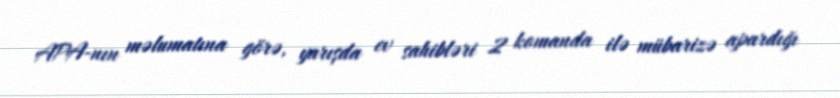
APA-nın məlumatına görə, yarışda ev sahibləri 2 komanda ilə mübarizə apardığı